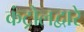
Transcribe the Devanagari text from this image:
कंट्रोलद्वारे